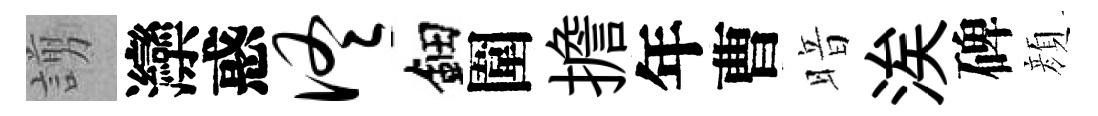
謭灤惑佟鈿圍擔年曹暗涘碑顔